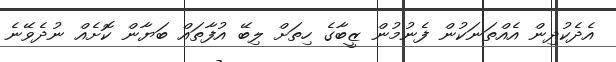
އެދެކުދިން އެއްތަނަކުން ފެނުމުން ޒީބާގެ ހިތަށް ލިބޭ އުފާތައް ބަޔާން ކޮށެއް ނުދެވޭނެ